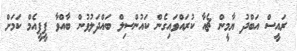
ރައީސް އަބްދު ޔާމީން ޗެއާ ކުރައްވައިގެން ކައުންސިލް ބައްދަލުވުން ބާއްވާ ޕީޕީއެމް ކަމަށް